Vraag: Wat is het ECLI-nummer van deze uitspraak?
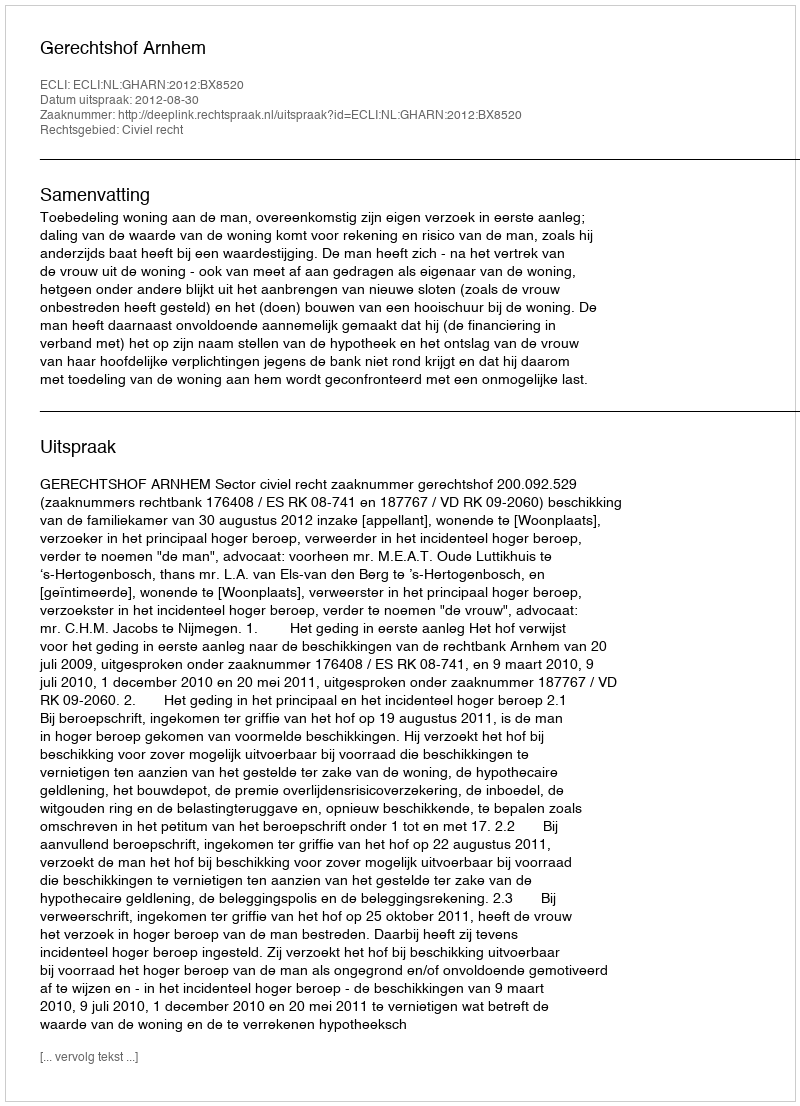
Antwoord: ECLI:NL:GHARN:2012:BX8520